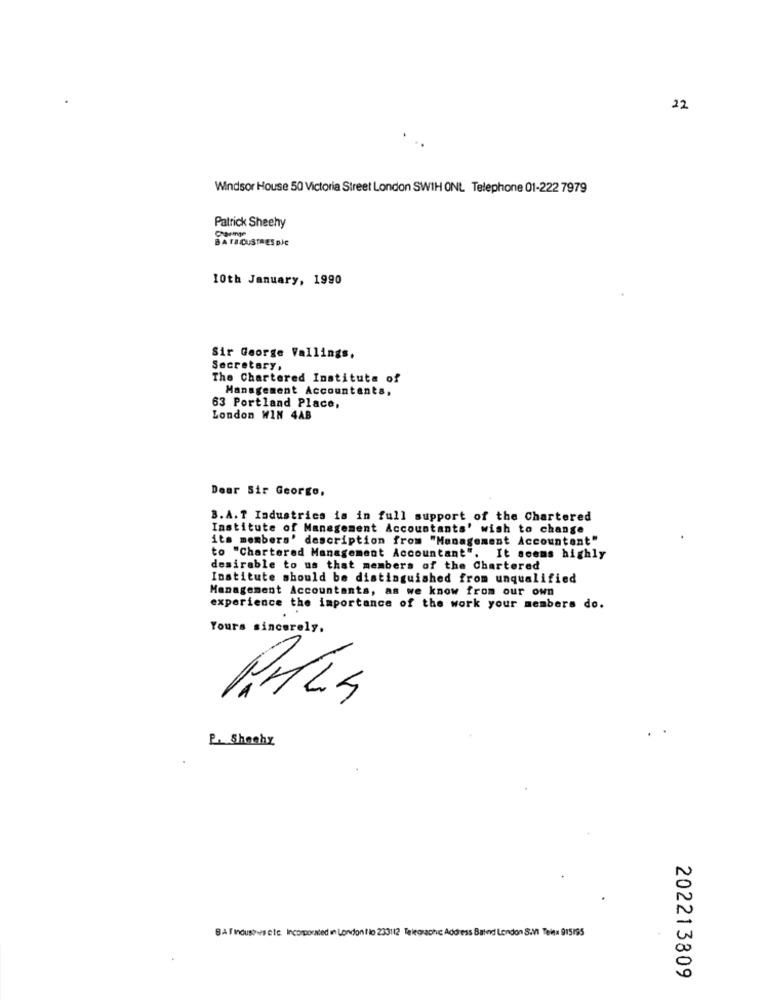
22
Windsor House 50 Victoria Street London SWIH ONL Telephone 01-222 7979
Patrick Sheehy
BATBCUSTRES DJE
10th January, 1990
Sir George Vallings.
Secretary.
The Chartered Institute of
Management Accountants,
63 Portland Place,
London WIN 4AB
Dear Sir George,
B.A.T Industries is in full support of the Chartered
Institute of Management Accountants' wish to change
its members' description from "Management Accountant"
to "Chartered Management Accountant". It seems highly
desirable to us that members of the Chartered
Institute should be distinguished from unqualified
Management Accountants, as we know from our own
experience the importance of the work your members do.
Yours sincerely.
P. Shechy
BAT Industries cle Incorporated in London lio 23312 Teleguache Address Bated London SM Telex 915/95
202213809